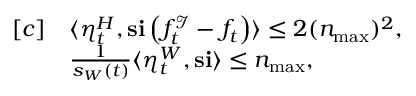
\begin{array} { r l } { [ c ] } & { \langle \eta _ { t } ^ { H } , \mathbf { s } \mathbf { i } \left( f _ { t } ^ { \mathcal { I } } - f _ { t } \right) \rangle \leq 2 ( n _ { \operatorname* { m a x } } ) ^ { 2 } , } \\ & { \frac { 1 } { s _ { W } ( t ) } \langle \eta _ { t } ^ { W } , \mathbf { s } \mathbf { i } \rangle \leq n _ { \operatorname* { m a x } } , } \end{array}